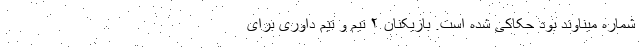
شماره میناوند بود حکاکی شده است. بازیکنان ۲ تیم و تیم داوری برای